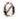
0